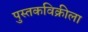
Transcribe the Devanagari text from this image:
पुस्तकविक्रीला